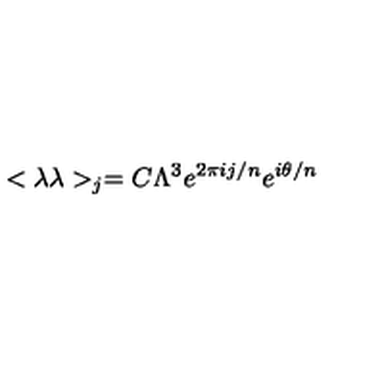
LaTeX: < \lambda \lambda > _ { j } = C \Lambda ^ { 3 } e ^ { 2 \pi i j / n } e ^ { i \theta / n }